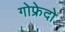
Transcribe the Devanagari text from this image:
गोफ्रेदो